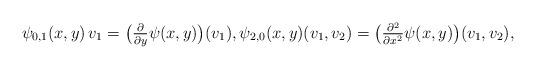
LaTeX: \begin{align*} \psi_{0,1}( x, y ) \, v_1 = \big(\tfrac{ \partial }{ \partial y } \psi( x, y )\big)( v_1 ) , \psi_{2,0}( x, y )( v_1, v_2 ) = \big( \tfrac{ \partial^2 }{ \partial x^2 } \psi( x, y ) \big)( v_1, v_2 ) ,\end{align*}